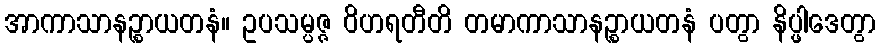
အာကာသာနဉ္စာယတနံ။ ဥပသမ္ပဇ္ဇ ဝိဟရတီတိ တမာကာသာနဉ္စာယတနံ ပတွာ နိပ္ဖါဒေတွာ